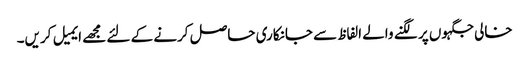
خالی جگہوں پر لگنے والے الفاظ سے جانکاری حاصل کرنے کے لئے مجھے ایمیل کریں۔